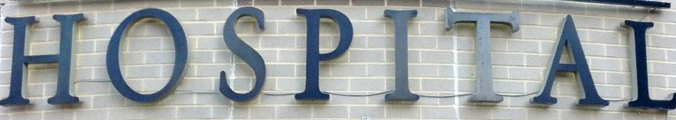
HOSPITAL